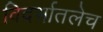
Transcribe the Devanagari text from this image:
विदर्भातलेच